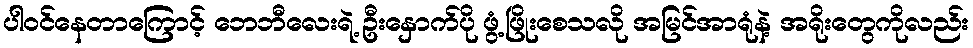
ပါဝင်နေတာကြောင့် ဘေဘီလေးရဲ့ ဦးနှောက်ပို ဖွံ့ဖြိုးစေသလို အမြင်အာရုံနဲ့ အရိုးတွေကိုလည်း